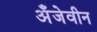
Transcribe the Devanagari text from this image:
अँजेवीन